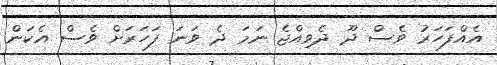
އެއްފަހަރު ވެސް ދޫ ދެވިއްޖެ ނަމަ ދެ ވަނަ ފަހަރަށް ވެސް އެކަން